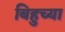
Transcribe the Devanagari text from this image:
बिहुच्या